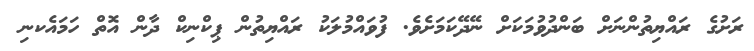
ރަށުގެ ރައްޔިތުންނަށް ބަންދުވުމަކަށް ނޭދޭކަމަށެވެ. ފުވައްމުލަކު ރައްޔިތުން ޕިކްނިކް ދާން އޮތް ހަމައެކނި